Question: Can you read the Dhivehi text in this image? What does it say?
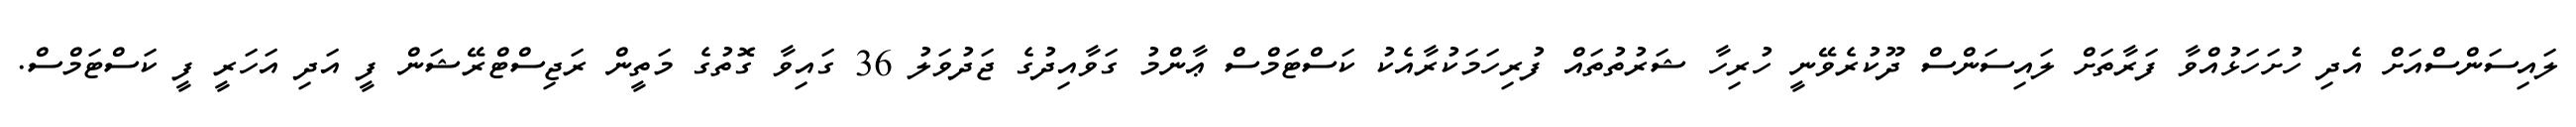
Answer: ލައިސަންސްއަށް އެދި ހުށަހަޅުއްވާ ފަރާތަށް ލައިސަންސް ދޫކުރެވޭނީ ހުރިހާ ޝަރުތުތައް ފުރިހަމަކުރާއެކު ކަސްޓަމްސް ޢާންމު ގަވާއިދުގެ ޖަދުވަލު 36 ގައިވާ ގޮތުގެ މަތީން ރަޖިސްޓްރޭޝަން ފީ އަދި އަހަރީ ފީ ކަސްޓަމްސް.